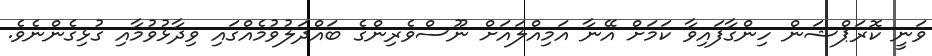
ވަނީ ކޮރަޕްޝަން ހިންގާފައިވާ ކަމަށް އޭނާ އަމިއްލައަށް ނޫސްވެރިންގެ ބައްދަލުވުމެއްގައި ވިދާޅުވުމާއި ގުޅިގެންނެވެ.